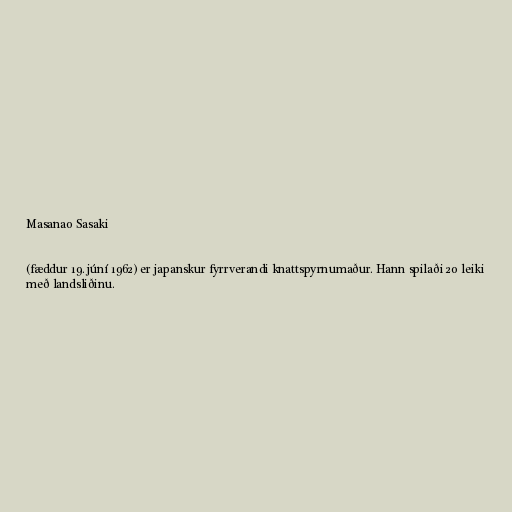
Masanao Sasaki

(fæddur 19. júní 1962) er japanskur fyrrverandi knattspyrnumaður. Hann spilaði 20 leiki
með landsliðinu.